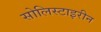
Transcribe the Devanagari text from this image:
सोलिस्टाइरीन